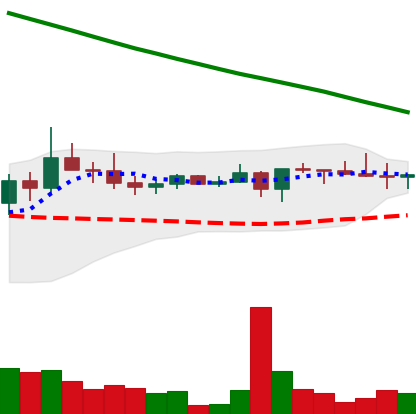
Ticker: XRP-USD
Chart end date: 2022-08-16
Forward return: -8.465%
Label: down_7plus